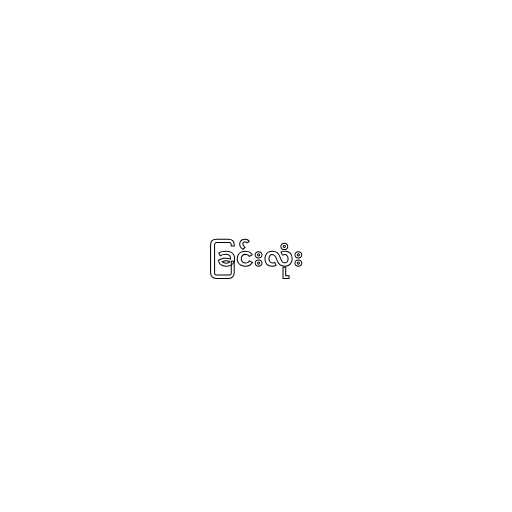
ခြင်းလုံး